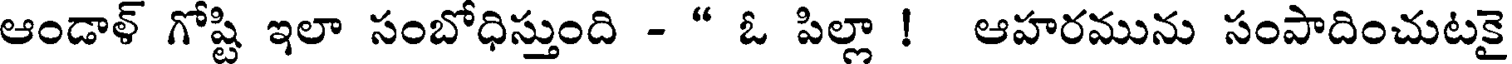
ఆండాళ్ గోష్టి ఇలా సంబోధిస్తుంది - " ఓ పిల్లా ! ఆహరమును సంపాదించుటకై